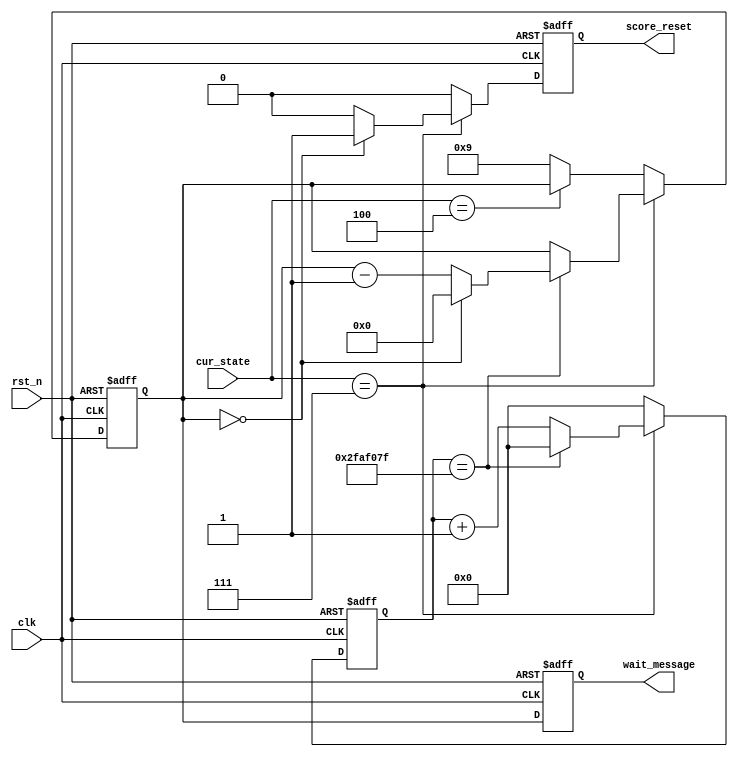
`timescale 1ns / 1ps
//////////////////////////////////////////////////////////////////////////////////
// Company: 
// Engineer: 
// 
// Design Name: 
// Module Name:    Wait 
// Project Name: 
// Target Devices: 
// Tool versions: 
// Description: 
//
// Dependencies: 
//
// Revision: 
// Revision 0.01 - File Created
// Additional Comments: 
//
//////////////////////////////////////////////////////////////////////////////////
module Wait(
input		clk,
input		rst_n,
input	[3:0] cur_state,
//input		coin_p,
output	reg	score_reset,
output	reg [5:0]	wait_message
    );

parameter	WAIT = 4'b0111, COIN = 4'b0100;

reg	[26:0] cnt = 27'h0;	//
reg	[5:0]  count = 6'd9; //

always@(posedge clk or negedge rst_n)
	begin
		if(~rst_n)
			cnt <= 27'h0;
		else if(cur_state == WAIT)
			if(cnt == 27'd49_999_999)
				cnt <= 27'h0;
			else
				cnt <= cnt + 27'h1;
		else
			cnt <= 27'h0;
	end
	
always@(posedge clk or negedge rst_n)
	begin
		if(~rst_n)
			count <= 6'd9;
		else if(cur_state == WAIT)
			begin
			if(cnt == 26'd49_999_999)
				if(count == 6'h0)
					count <= 6'h0;
				else
					count <= count - 6'h1;
			end
		else if(cur_state == COIN)
			count <= count;
		else
			count <= 6'h9;
	end
	
always@(posedge clk or negedge rst_n)
	begin
		if(~rst_n)
			score_reset <= 0;
		else if(cur_state == WAIT)
			if(count == 4'h0)
				score_reset <= 1;
			else
				score_reset <= 0;
		else
			score_reset <= 0;
	end
	
always@(posedge clk or negedge rst_n)
	begin
		if(~rst_n)
			wait_message <= 6'h0;
		else
			wait_message <= count;
	end

endmodule